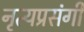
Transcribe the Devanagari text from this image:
नृत्यप्रसंगी